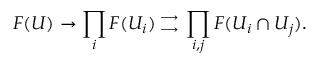
F ( U ) \rightarrow \prod _ { i } F ( U _ { i } ) { { { } \atop \longrightarrow } \atop { \longrightarrow \atop { } } } \prod _ { i , j } F ( U _ { i } \cap U _ { j } ) .